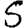
Digit: 5